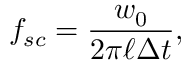
f _ { s c } = \frac { w _ { 0 } } { 2 \pi \ell \Delta t } ,